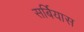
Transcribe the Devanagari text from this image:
सर्बियास